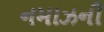
નમાઝની